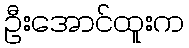
ဦးအောင်ထူးက